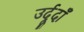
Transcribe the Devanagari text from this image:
उर्दूदाँ